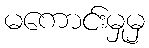
မကောင်းမှုမှ